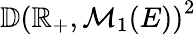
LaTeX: \mathbb{D}\left(\mathbb{R}_{+},\mathcal{M}_{1}(E)\right)^{2}